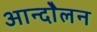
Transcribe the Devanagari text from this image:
आन्दोेलन